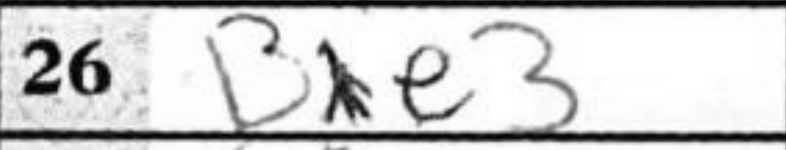
Transcription: Bxe3